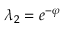
\lambda _ { 2 } = e ^ { - \varphi }